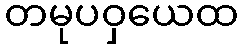
တမုပဝှယေထ